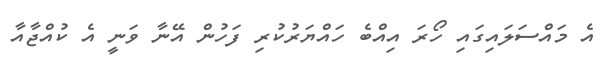
އެ މައްސަލައިގައި ހޯރަ އިއްބެ ހައްޔަރުކުރި ފަހުން އޭނާ ވަނީ އެ ކުއްޖާއާ